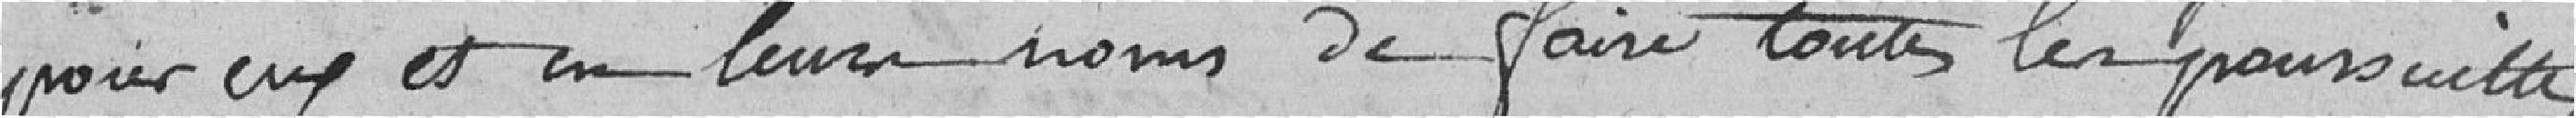
pour eux et en leurs noms, de faire toutes les poursuites